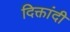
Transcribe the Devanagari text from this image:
दिक्तांदी